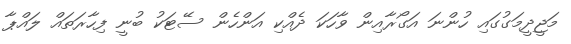
މަޖީދީމަގުގައި ހުންނަ އަގޯރާއިން ވާހަކަ ދެއްކި އަންހެން ސޭޓަކު ބުނީ ފިހާރަތައް ލައްޕާ